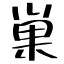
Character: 巣